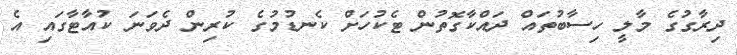
ދިރާގުގެ މާލީ ހިސާބުތައް ދައްކާގޮތުން ޓެކުހަށް ކެނޑުމުގެ ކުރިން ދެވަނަ ކުއާޓާގައި އެ